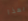
بهذا